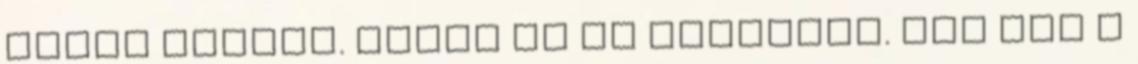
hideg vízben. Nekem is ez használt. Ami azt a